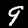
Label: 9